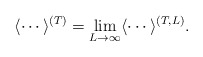
\begin{align*}\langle \cdots \rangle^{(T)}=\lim_{L\to\infty}\langle \cdots \rangle^{(T,L)}.\end{align*}